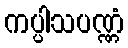
ကပ္ပါသပဏ္ဏံ